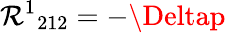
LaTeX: {\mathcal{R}^{1}}_{212}=-\Deltap